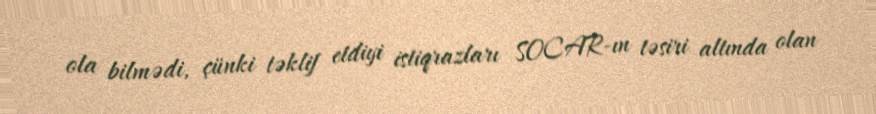
ola bilmədi, çünki təklif etdiyi istiqrazları SOCAR-ın təsiri altında olan